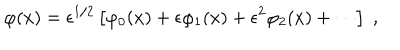
LaTeX: \varphi ( x ) = \epsilon ^ { 1 / 2 } \left\lbrack \varphi _ { 0 } ( x ) + \epsilon \varphi _ { 1 } ( x ) + \epsilon ^ { 2 } \varphi _ { 2 } ( x ) + \cdots \right\rbrack \; ,